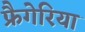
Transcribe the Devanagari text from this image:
फ्रैगेरिया